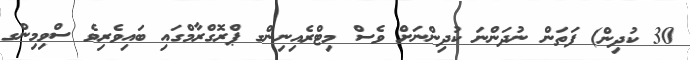
30 ކުދިން) ފަތަން ނުދަންނަ ކުދިންނަށް ވެސް މިޓްރެއިނިންގ ޕްރޮގްރާމްގައި ބައިވެރިވެ ސްވިމިންގ